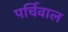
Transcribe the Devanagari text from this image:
पर्चिवाल